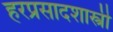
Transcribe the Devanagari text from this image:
हरप्रसादशास्त्री